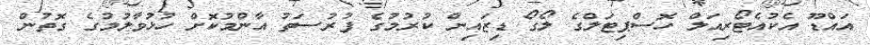
އައްޑޫ އެކުއެޓޯރިއަލް ހޮސްޕިޓަލްގެ ލޯގޯ ޑިޒައިން ކުރުމުގެ ފުރުސަތު އާންމުކޮށް ހުޅުވާލުމުގެ ގޮތުން